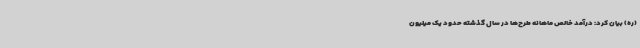
(ره) بیان کرد: درآمد خالص ماهانه طرح‌ها در سال گذشته حدود یک میلیون